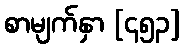
စာမျက်နှာ [၄၅၃]